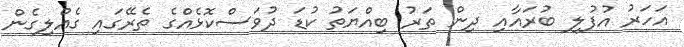
އަހަރު އުފުލި ބުރައާއި ދިން ތަރު ބިއްޔަތު ކުޑަ ދުވަސްކޮޅެއްގެ ތެރޭގައި ގެއްލިގެން